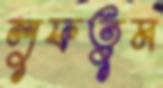
লুফতুম